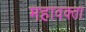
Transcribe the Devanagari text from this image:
महावक्ता